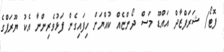
ފޮޓޯ/ ޝަރަފްޒާދް އައްޑޫ މަސް ދޯންޏެއް ކުއްޔަށް ހިފައިގެން ފަޅުވެރިންނާ އެކު ޔޫރަޕްގެ